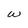
Character: w